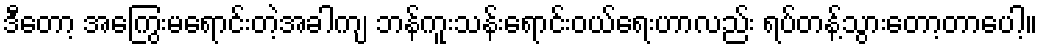
ဒီတော့ အကြွေးမရောင်းတဲ့အခါကျ ဘန်ကူးသန်းရောင်းဝယ်ရေးဟာလည်း ရပ်တန့်သွားတော့တာပေါ့။